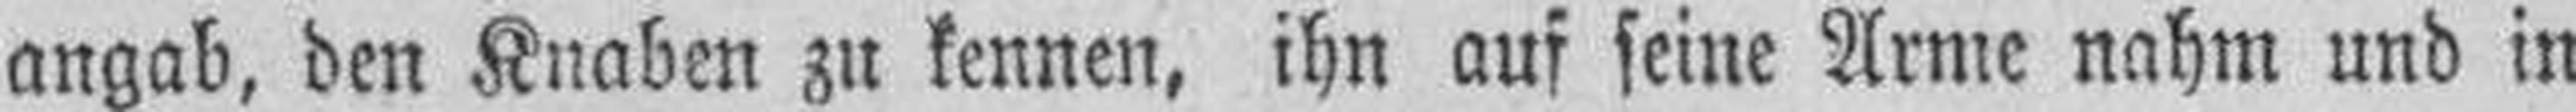
angab, den Knaben zu kennen, ihn auf seine Arme nahm und in